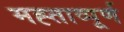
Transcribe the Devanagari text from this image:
मह्ताव्पूर्ण